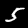
Label: 5